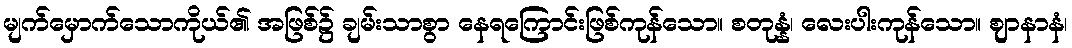
မျက်မှောက်သောကိုယ်၏ အဖြစ်၌ ချမ်းသာစွာ နေရကြောင်းဖြစ်ကုန်သော။ စတုန္နံ၊ လေးပါးကုန်သော။ ဈာနာနံ၊